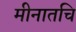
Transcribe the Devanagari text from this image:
मीनातचि